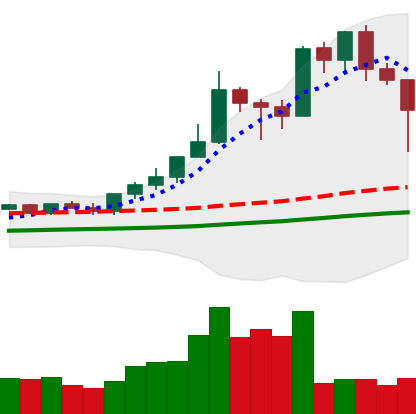
Ticker: XMR-USD
Chart end date: 2021-02-22
Forward return: -6.984%
Label: down_5_7